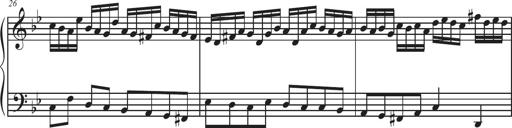
Title: Sonatina Espania
Composer: Jerald Franklin Archer
Key: Various